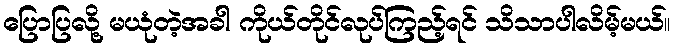
ပြောပြလို့ မယုံတဲ့အခါ ကိုယ်တိုင်လုပ်ကြည့်ရင် သိသာပါလိမ့်မယ်။